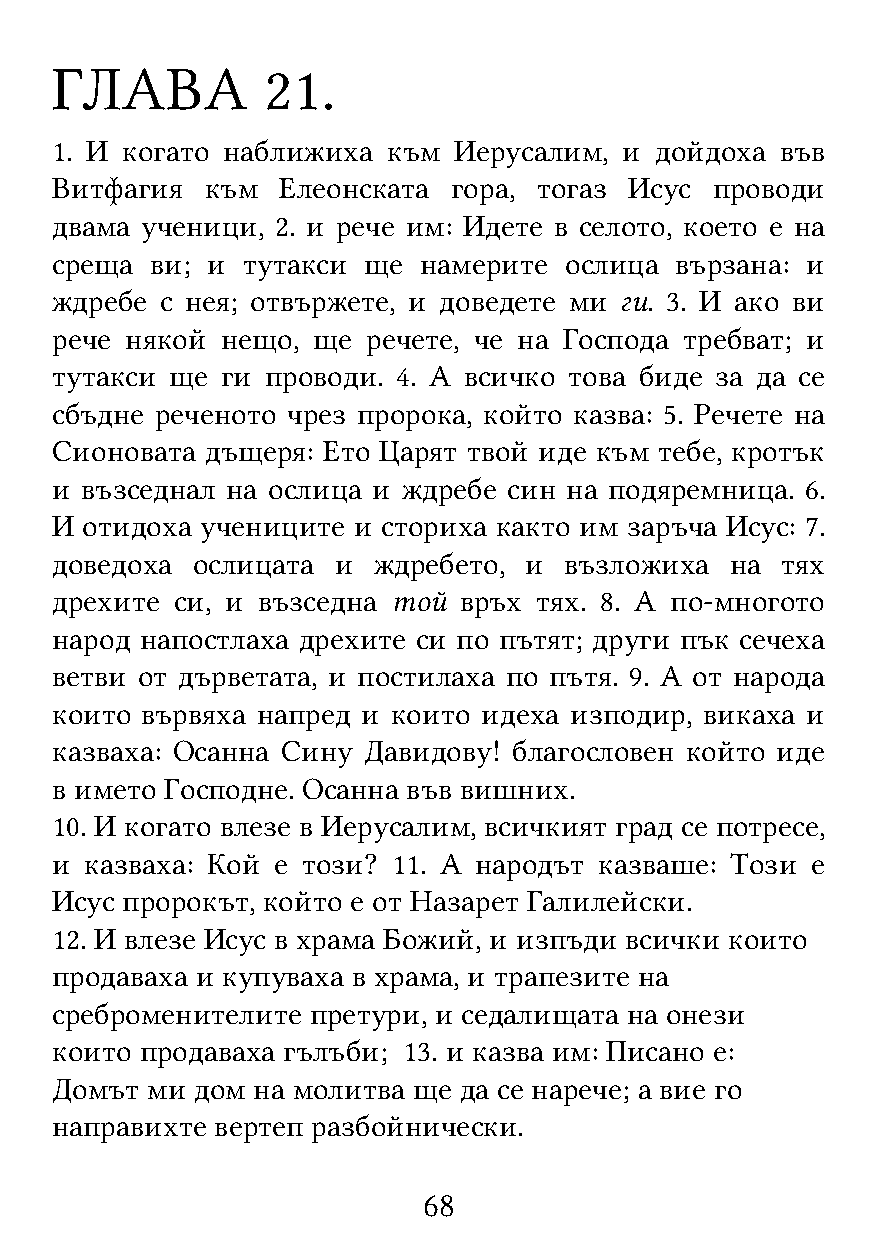
ГЛАВА          21.
 1. И когато наближиха  към Иерусалим, и дойдоха  във
 Витфагия   към  Елеонската гора, тогаз Исус проводи
 двама ученици, 2. и рече им: Идете в селото, което е на
 среща  ви; и тутакси ще  намерите ослица  вързана: и
 ждребе  с нея; отвържете, и доведете ми ги. 3. И ако ви
 рече някой  нещо, ще речете, че на Господа требват; и
 тутакси ще  ги проводи. 4. А всичко това биде за да се
 сбъдне реченото чрез пророка, който казва: 5. Речете на
 Сионовата  дъщеря: Ето Царят твой иде към тебе, кротък
 и възседнал на ослица и ждребе син на подяремница. 6.
 И отидоха учениците и сториха както им заръча Исус: 7.
 доведоха  ослицата и  ждребето, и възложиха  на  тях
 дрехите  си, и възседна той връх тях. 8. А по-многото
 народ напостлаха дрехите си по пътят; други пък сечеха
 ветви от дърветата, и постилаха по пътя. 9. А от народа
 които вървяха напред и които идеха изподир, викаха и
 казваха: Осанна Сину Давидову! благословен който иде
 в името Господне. Осанна във вишних.
 10. И когато влезе в Иерусалим, всичкият град се потресе,
 и  казваха: Кой е този? 11. А народът казваше: Този е
 Исус пророкът, който е от Назарет Галилейски.
 12. И влезе Исус в храма Божий, и изпъди всички които
 продаваха и купуваха в храма, и трапезите на
 среброменителите  претури, и седалищата на онези
 които продаваха гълъби; 13. и казва им: Писано е:
 Домът  ми дом на молитва ще да се нарече; а вие го
 направихте вертеп разбойнически.
 68